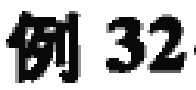
例 32